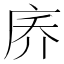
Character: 𪪑